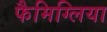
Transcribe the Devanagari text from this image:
फैमिग्लिया